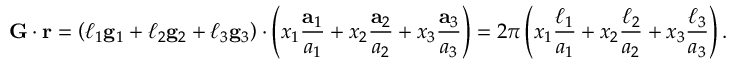
\mathbf { G } \cdot \mathbf { r } = \left( \ell _ { 1 } \mathbf { g } _ { 1 } + \ell _ { 2 } \mathbf { g } _ { 2 } + \ell _ { 3 } \mathbf { g } _ { 3 } \right) \cdot \left( x _ { 1 } { \frac { \mathbf { a } _ { 1 } } { a _ { 1 } } } + x _ { 2 } { \frac { \mathbf { a } _ { 2 } } { a _ { 2 } } } + x _ { 3 } { \frac { \mathbf { a } _ { 3 } } { a _ { 3 } } } \right) = 2 \pi \left( x _ { 1 } { \frac { \ell _ { 1 } } { a _ { 1 } } } + x _ { 2 } { \frac { \ell _ { 2 } } { a _ { 2 } } } + x _ { 3 } { \frac { \ell _ { 3 } } { a _ { 3 } } } \right) .